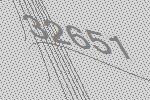
32651